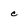
Character: c